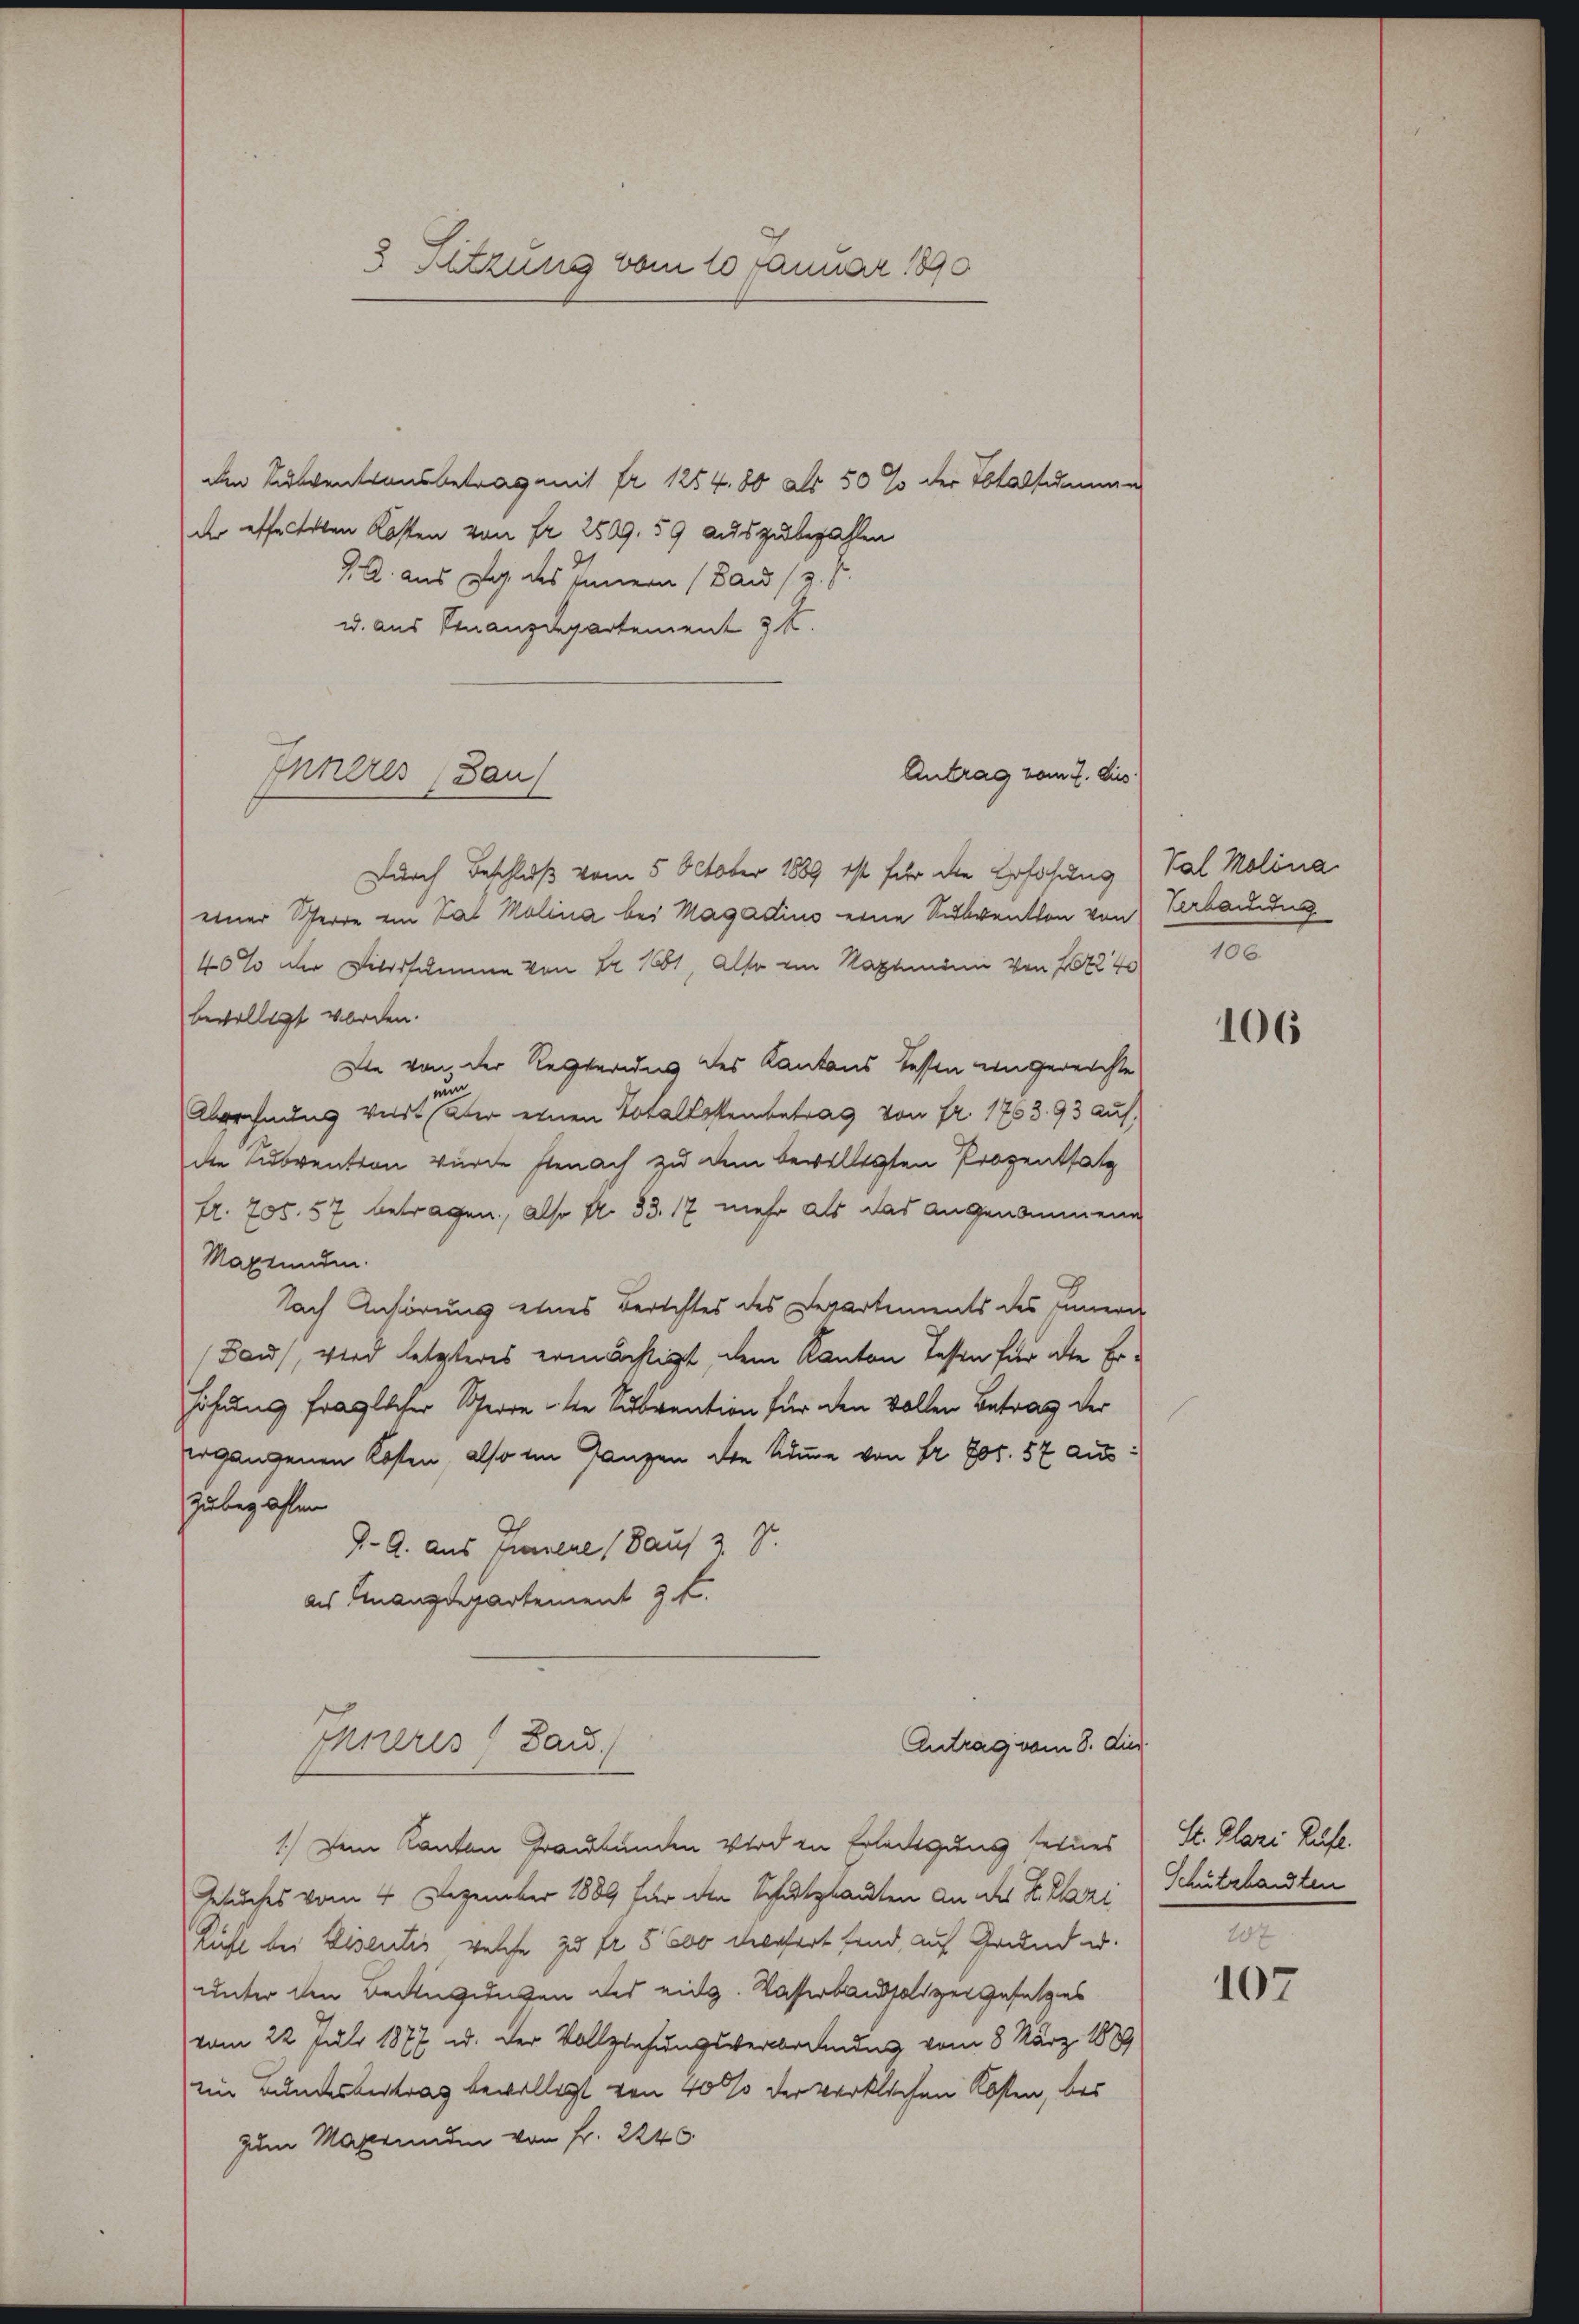
3 Sitzung vom 10. Januar 1890

den Breventionsbetrag mit fr. 1254. 80 als 50 % der Totalsdann
der effetten Kosten von Fr. 2509. 59 auszubezahlen
G. l. aus de des Innern (Baud (z. B.
u. aus Finanzdepartement 34.
Durch Beschluß vom 5. Oktober 1889 ist für die Erhöhung
einer Scherre ein Sat Molina bei Magadius eine Subventen von Verbauung
40% der Vildssumme von Nr. 1881, Also ein Nachmann von 202240
bewilligt worden.
Die von der Regieruns des Kantons Tessen eingereichte
nun
Abrechnung viert aber einen Totallastenbetrag von fr. 1763. 93 auf
die Subvention wurde stenach zu dem bewilligten Prozentsatz
Ar. 705. 57 betragen, also Nr. 33. 17 mehr als das angenommene
Maxtunden.
Nach Anhörung eines Berichtes des Departements des Innern
(Bau, wird letzteres ermächtigt, dem Kanton Testen für alle Erhöhung fraglicher Sperre die Subvention für den vollen Betrag der
ergangenen Kosten, also im Ganzen die Summe von Fr. Jos. 57 auszubezahlen
9- 9. Aus Gruene auf 2 S.
als Finanzdepartement 2 f.
Ihreres Band.
Antrag vom 8. die
1.) Dem Kanton Graubünden Wird in Erledigung seines
Gesuches vom 4. Dezember 1889 für den Schutzlauten an der K. Plazi
Rufe bei Eisentis, welche zu fr. 5600 verfort find, auf Grund u.
unter den Bedingungen des eidg. Wasserbandsalzer Gesetzes
vom 22 Juli 1877 u. der Vollziehungsverbrennung vom 8. März 1889
ein Bundesvertrag bewilligt von 4000 verwirklichen Kosten, bes
zum Magrunden von Fr. 2240

Inneres Bau

Antrag vom 7. Jus

Val Molina
106.

106

St. Plazi Rufe.
Schutzlandten

20x
107